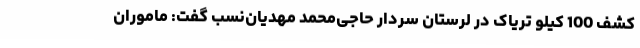
کشف 100 کیلو تریاک در لرستان سردار حاجی‌محمد مهدیان‌نسب گفت: ماموران